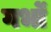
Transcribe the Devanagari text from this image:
गर्भों